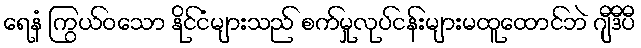
ရေနံ ကြွယ်ဝသော နိုင်ငံများသည် စက်မှုလုပ်ငန်းများမထူထောင်ဘဲ ဂျီဒီပီ